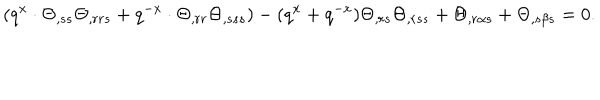
( q ^ { x } \cdot \Theta _ { , s s } \Theta _ { , r r s } + q ^ { - x } \cdot \Theta _ { , r r } \Theta _ { , s s s } ) - ( q ^ { x } + q ^ { - x } ) \Theta _ { , r s } \Theta _ { , r s s } + \Theta _ { , r \alpha s } + \Theta _ { , s \beta s } = 0 .